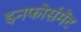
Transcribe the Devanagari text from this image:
इनफोर्समेंट